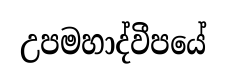
උපමහාද්වීපයේ